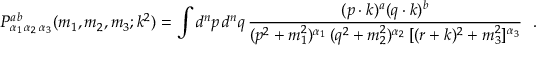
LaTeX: { \cal P } _ { \alpha _ { 1 } \, \alpha _ { 2 } \, \alpha _ { 3 } } ^ { a \, b } ( m _ { 1 } , m _ { 2 } , m _ { 3 } ; k ^ { 2 } ) = \int d ^ { n } p \, d ^ { n } q \, \frac { ( p \cdot k ) ^ { a } ( q \cdot k ) ^ { b } } { ( p ^ { 2 } + m _ { 1 } ^ { 2 } ) ^ { \alpha _ { 1 } } \, ( q ^ { 2 } + m _ { 2 } ^ { 2 } ) ^ { \alpha _ { 2 } } \, [ ( r + k ) ^ { 2 } + m _ { 3 } ^ { 2 } ] ^ { \alpha _ { 3 } } } ~ ~ .